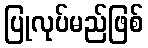
ပြုလုပ်မည်ဖြစ်